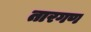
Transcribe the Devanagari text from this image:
तारगण